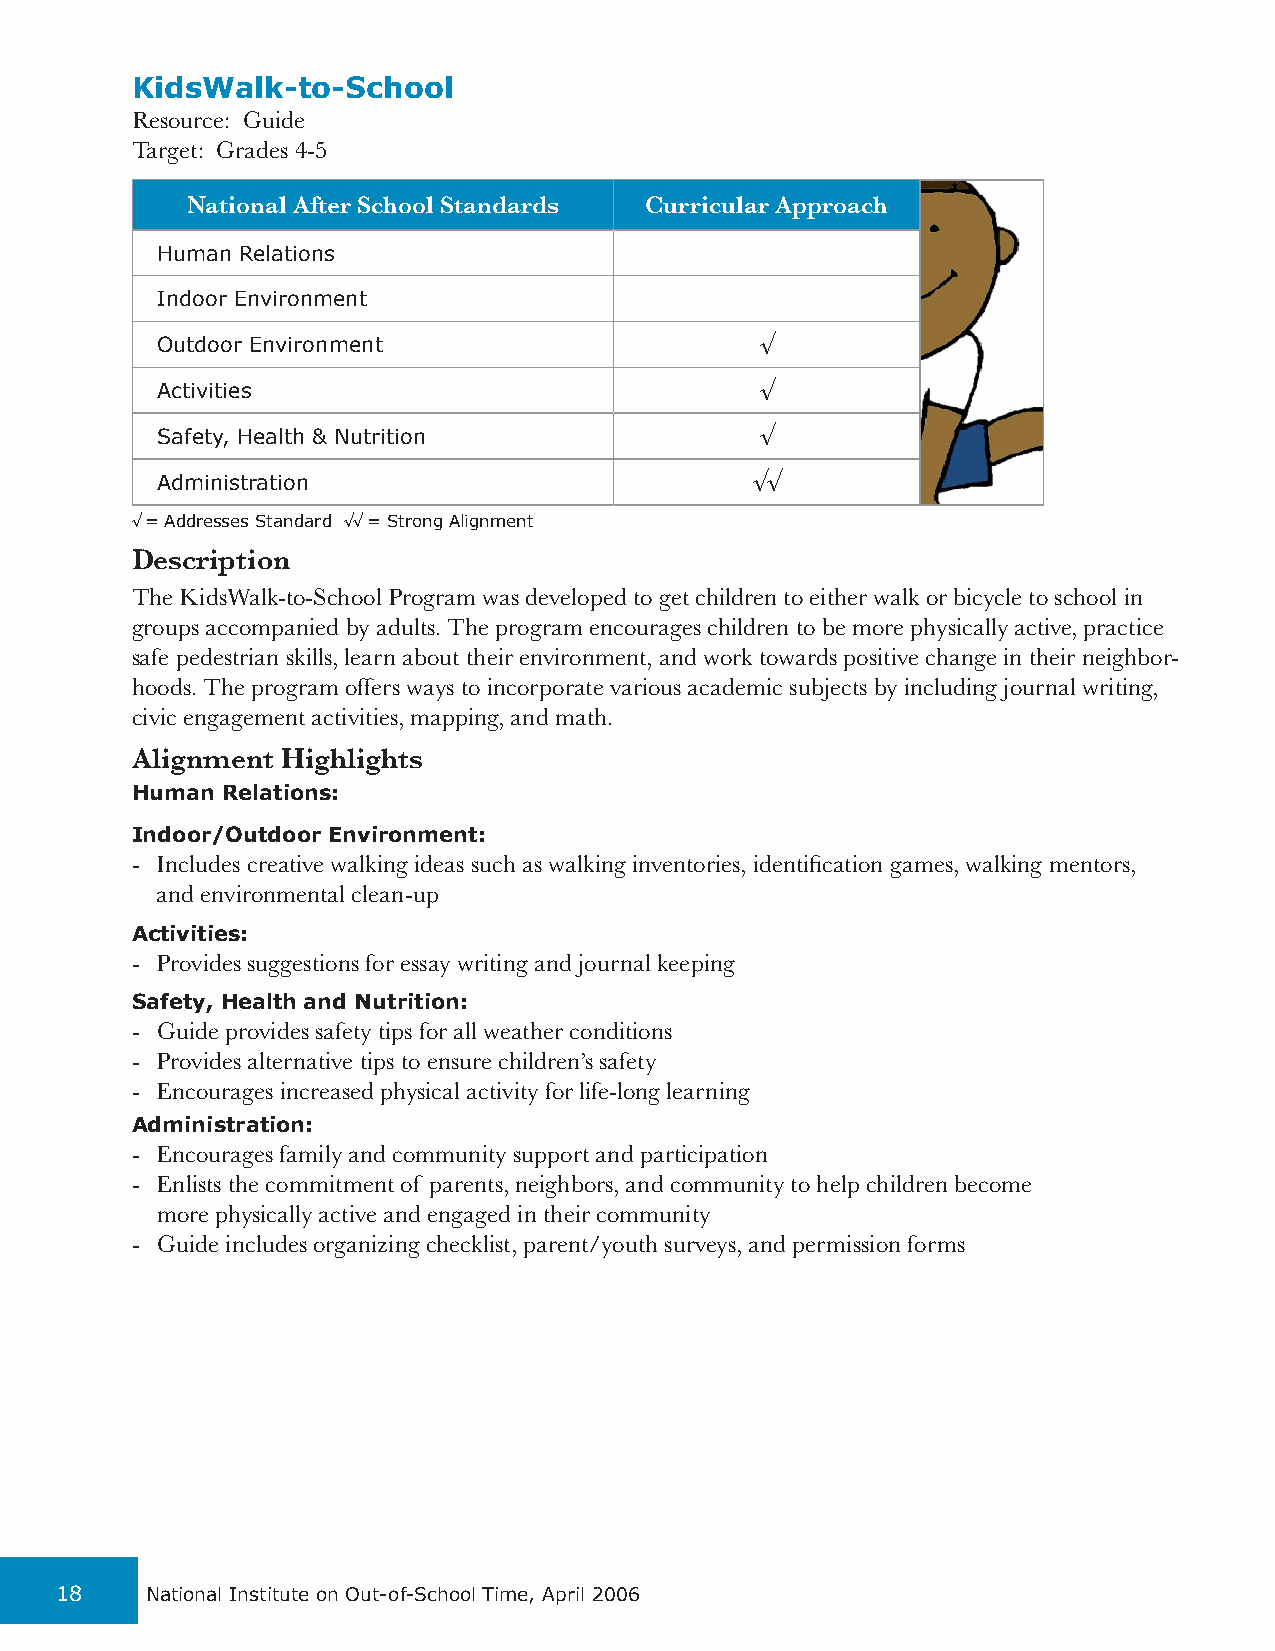
KidsWalk-to-School
 Resource: Guide
 Target: Grades 4-5
 National After School Standards Curricular Approach
 Human Relations
 Indoor Environment
 Outdoor Environment                     √
 Activities                              √
 Safety, Health & Nutrition              √
 Administration                          √√
 √ = Addresses Standard √√ = Strong Alignment
 Description
 The KidsWalk-to-School Program was developed to get children to either walk or bicycle to school in
 groups accompanied by adults. The program encourages children to be more physically active, practice
 safe pedestrian skills, learn about their environment, and work towards positive change in their neighbor-
 hoods. The program offers ways to incorporate various academic subjects by including journal writing,
 civic engagement activities, mapping, and math.
 Alignment Highlights
 Human Relations:
 Indoor/Outdoor Environment:
 - Includes creative walking ideas such as walking inventories, identification games, walking mentors,
 and environmental clean-up
 Activities:
 - Provides suggestions for essay writing and journal keeping
 Safety, Health and Nutrition:
 - Guide provides safety tips for all weather conditions
 - Provides alternative tips to ensure children’s safety
 - Encourages increased physical activity for life-long learning
 Administration:
 - Encourages family and community support and participation
 - Enlists the commitment of parents, neighbors, and community to help children become
 more physically active and engaged in their community
 - Guide includes organizing checklist, parent/youth surveys, and permission forms
 18    National Institute on Out-of-School Time, April 2006